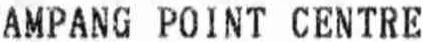
AMPANG POINT CENTRE